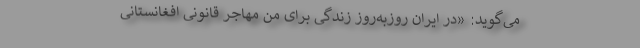
می‌گوید: «در ایران روزبه‌روز زندگی برای من مهاجر قانونی افغانستانی